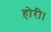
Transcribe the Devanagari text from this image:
होरी।